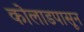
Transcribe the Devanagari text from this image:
कोलाडपासून